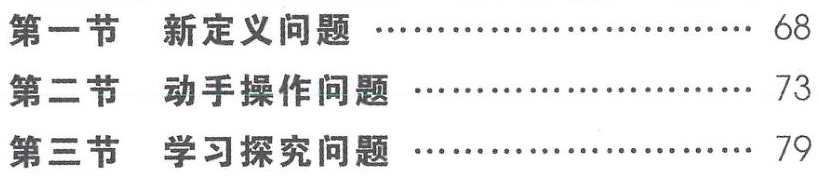
\begin{enumerate}

\item 第一节 新定义问题 \hfill 68

\item 第二节 动手操作问题 \hfill 73

\item 第三节 学习探究问题 \hfill 79

\end{enumerate}